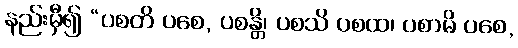
နည်းမှီ၍ “ပစတိ ပစေ, ပစန္တိ၊ ပစသိ ပစထ၊ ပစာမိ ပစေ,